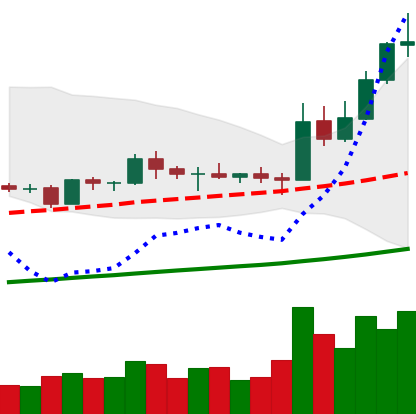
Ticker: EOS-USD
Chart end date: 2019-05-16
Forward return: -3.282%
Label: down_3_5